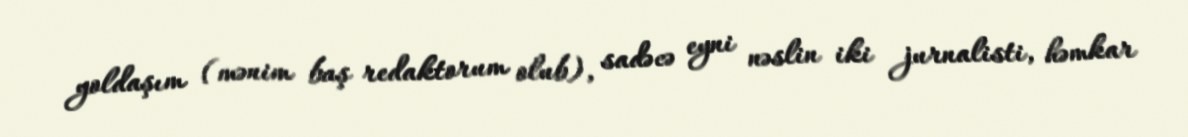
yoldaşım (mənim baş redaktorum olub), sadəcə eyni nəslin iki jurnalisti, həmkar